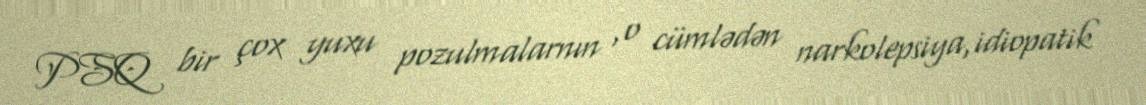
PSQ bir çox yuxu pozulmalarnın ,o cümlədən narkolepsiya,idiopatik